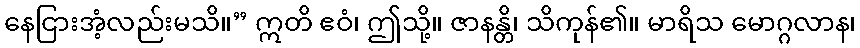
နေငြားအံ့လည်းမသိ။” ဣတိ ဧဝံ၊ ဤသို့။ ဇာနန္တိ၊ သိကုန်၏။ မာရိသ မောဂ္ဂလာန၊